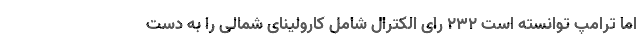
اما ترامپ توانسته است ۲۳۲ رای الکترال شامل کارولینای شمالی را به دست